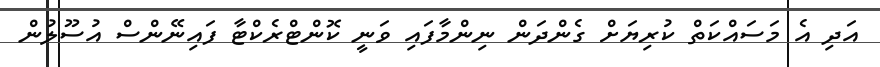
އަދި އެ މަސައްކަތް ކުރިޔަށް ގެންދަން ނިންމާފައި ވަނީ ކޮންޓްރެކްޓާ ފައިނޭންސް އުސޫލުން